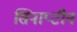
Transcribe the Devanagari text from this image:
सिनाप्टीन